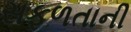
સફળતાની